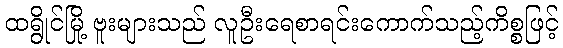
ထရွိုင်မြို့ ဗူးများသည် လူဦးရေစာရင်းကောက်သည့်ကိစ္စဖြင့်